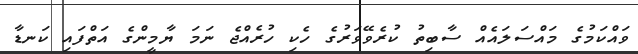
ވައްކަމުގެ މައްސަލައެއް ސާބިތު ކުރެވޭވަރުގެ ހެކި ހުރެއްޖެ ނަމަ ޔާމީންގެ އަތްފައި ކަނޑާ